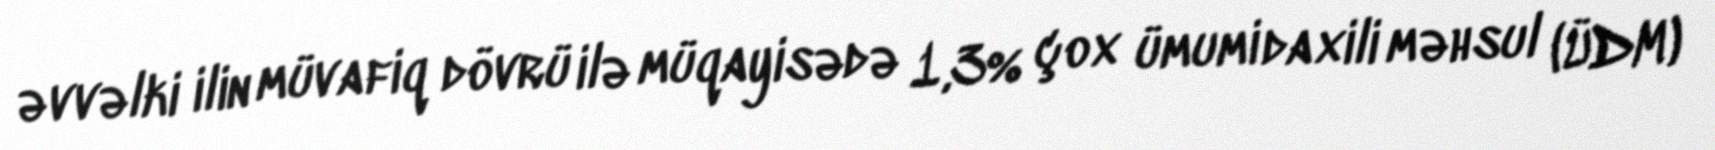
əvvəlki ilin müvafiq dövrü ilə müqayisədə 1,3% çox ümumi daxili məhsul (ÜDM)